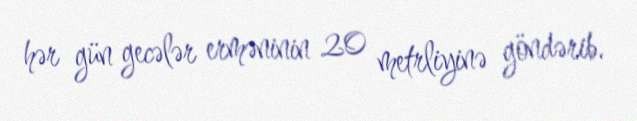
hər gün gecələr erməninin 20 metrliyinə göndərib.